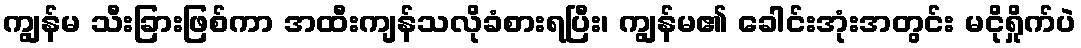
ကျွန်မ သီးခြားဖြစ်ကာ အထီးကျန်သလိုခံစားရပြီး၊ ကျွန်မ၏ ခေါင်းအုံးအတွင်း မငိုရှိုက်ပဲ